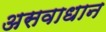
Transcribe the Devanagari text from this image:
असवाधान